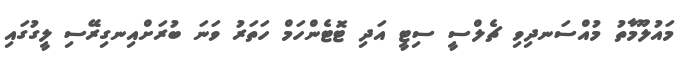
މައުލޫމާތު މުއްސަނދިވި ޗެލްސީ ސިޓީ އަދި ޓޮޓެންހަމް ހަތަރު ވަނަ ބުރަށްއިނގިރޭސި ލީގުގައި